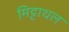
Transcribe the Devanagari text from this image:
मिट्टाथल